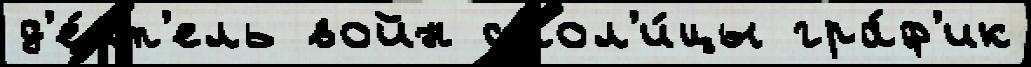
д'е́ят'ель войн стол'и́цы гра́ф'ик